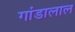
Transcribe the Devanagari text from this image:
गांडालाल